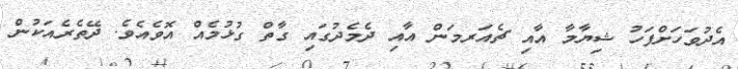
އެދުވަހަށްފަހު ޝިޔާމާ އާއި ޗެއަރމަން އާއި ދެމެދުގައި ގާތް ގުޅުމެއް އޮވެއެވެ. ދޭތެރެއަކުން